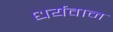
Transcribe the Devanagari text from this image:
धर्यवान